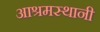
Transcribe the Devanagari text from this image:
आश्रमस्थानी